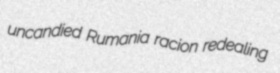
uncandied Rumania racion redealing